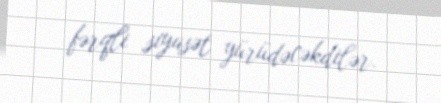
fərqli siyasət yürüdəcəkdilər.